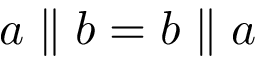
a \parallel b = b \parallel a